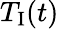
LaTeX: T_{\mathrm{I}}(t)